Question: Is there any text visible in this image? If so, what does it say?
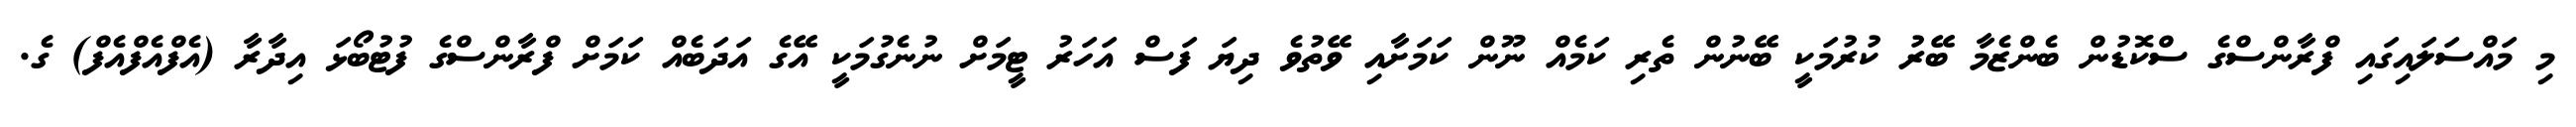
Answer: މި މައްސަލައިގައި ފްރާންސްގެ ސްކޮޑުން ބެންޒެމާ ބޭރު ކުރުމަކީ ބޭނުން ތެރި ކަމެއް ނޫން ކަމަށާއި ވޭތުވެ ދިޔަ ފަސް އަހަރު ޓީމަށް ނުނެގުމަކީ އޭގެ އަދަބެއް ކަމަށް ފްރާންސްގެ ފުޓުބޯޅަ އިދާރާ (އެފްއެފްއެފް) ގެ.